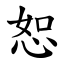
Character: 恕